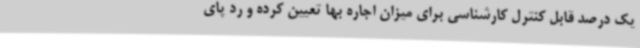
یک درصد قابل کنترل کارشناسی برای میزان اجاره بها تعیین کرده و رد پای